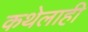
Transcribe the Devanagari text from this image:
कथेलाही